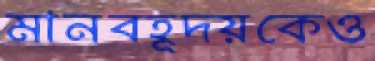
মানবহূদয়কেও